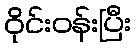
ဝိုင်းဝန်းပြီး